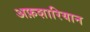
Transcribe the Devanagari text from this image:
अफ़शारियान